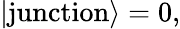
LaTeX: |\mathrm{junction}\rangle=0,